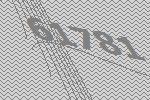
61781